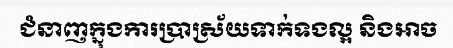
ជំនាញក្នុងការប្រាស្រ័យទាក់ទងល្អ និងអាច